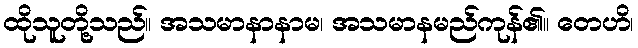
ထိုသူတို့သည်။ အသမာနာနာမ၊ အသမာနမည်ကုန်၏။ တေဟိ၊